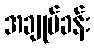
အချုပ်ခန်း